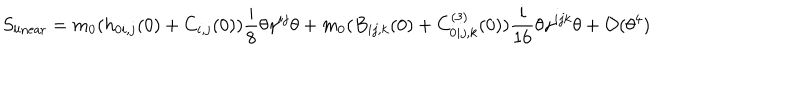
LaTeX: S _ { \mathrm { l i n e a r } } = m _ { 0 } ( h _ { 0 i , j } ( 0 ) + C _ { i , j } ( 0 ) ) { \frac { i } { 8 } } \theta \gamma ^ { i j } \theta + m _ { 0 } ( B _ { i j , k } ( 0 ) + C _ { 0 i j , k } ^ { ( 3 ) } ( 0 ) ) { \frac { i } { 1 6 } } \theta \gamma ^ { i j k } \theta + { \cal O } ( \theta ^ { 4 } )